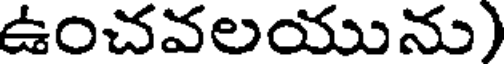
ఉంచవలయును)